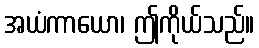
အယံကာယော၊ ဤကိုယ်သည်။